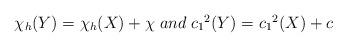
LaTeX: \begin{align*}\begin{array}{l}\chi_{h}(Y) = \chi_{h}(X) + \chi \; and \; {c_{1}}^{2}(Y) = {c_{1}}^{2}(X) + c \end{array}\end{align*}